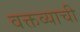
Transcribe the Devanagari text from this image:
वक्तव्याची